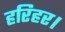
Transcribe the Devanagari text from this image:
हरिहर।